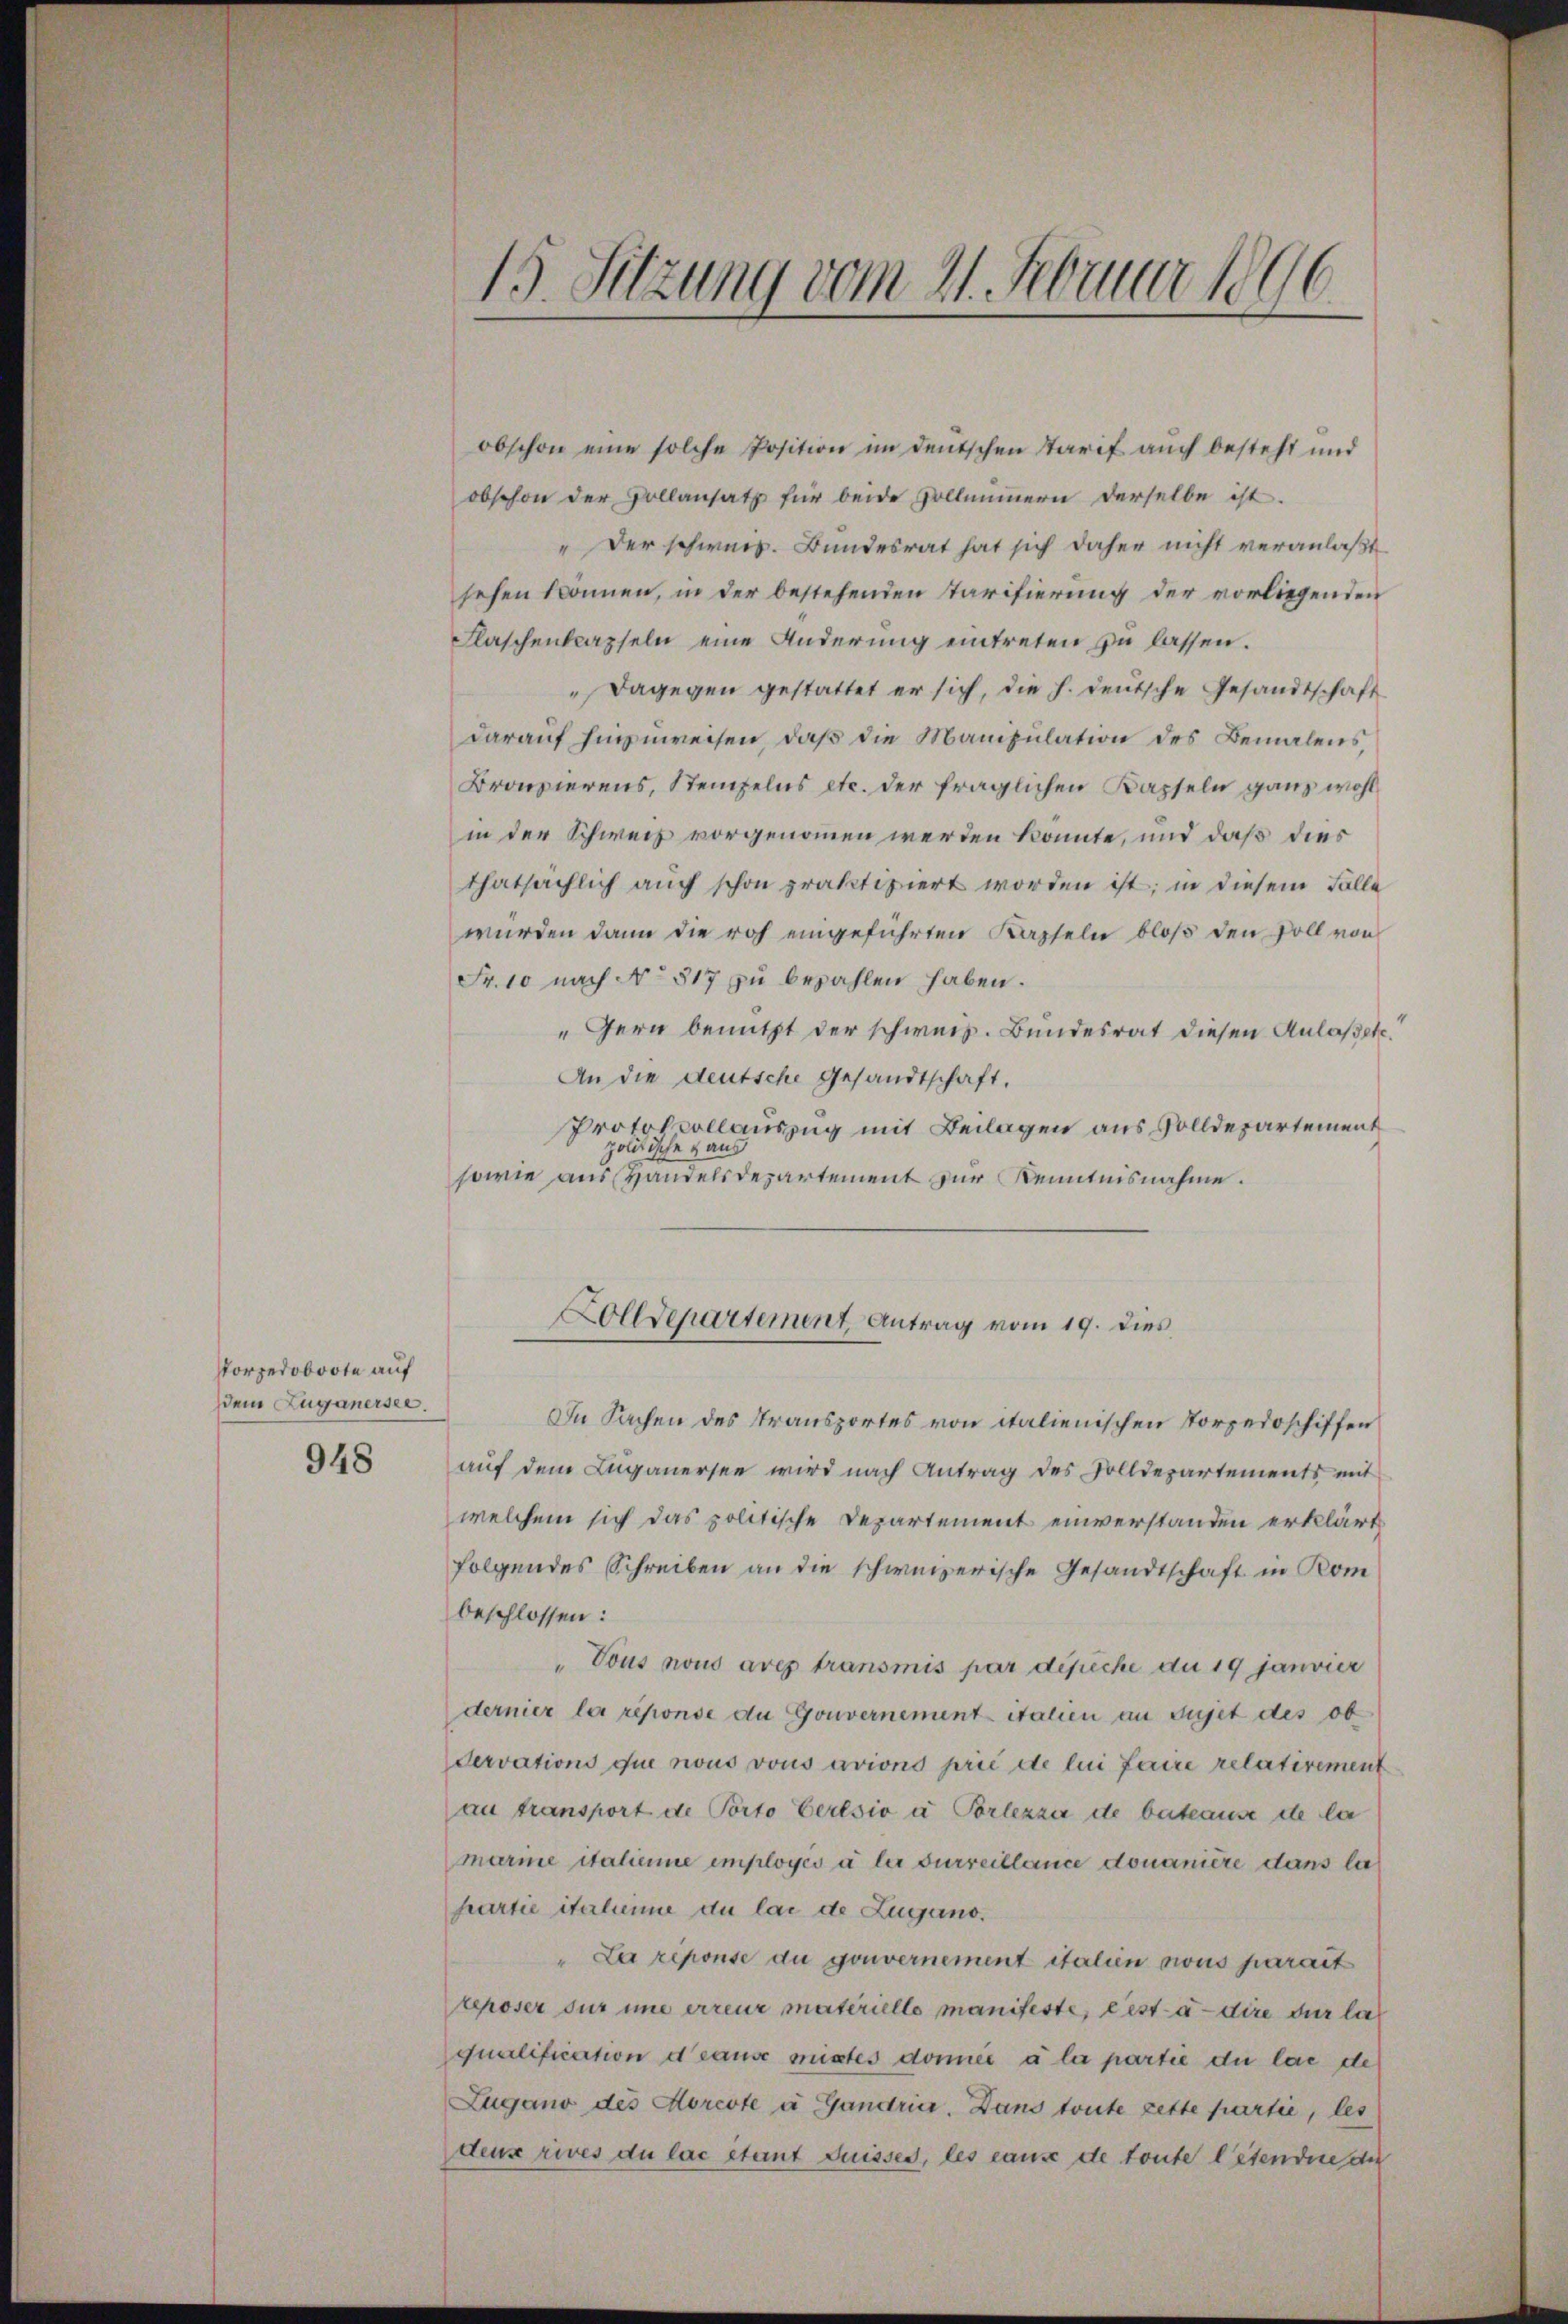
Porpedoboote auf
Dein Zuganersee.

948

15. Sitzung vom 21. Februar 1896

obschon eine solche Position im deŭtschen Starif auch besteht und
obschon der Vollansatz für beide Zollimmern derselbe ist.
" Der schweiz. Bundesrat hat sich daher nicht veranlaßt
sehen können, in der bestehenden Tarifierung der vorliegenden
Flaschenkapseln eine Änderung eintreten zu lassen.
" Dagegen gestattet er sich, die h. deutsche Gesandtschaft
darauf hinzuweisen, daß die Manipulation des Bemalens,
Bronzierens, Stempelns etc. der fraglichen Kapseln ganz wohl
in der Schweiz vorgenommen werden könnte, und daß dies
thatsächlich auch schon praktiziert worden ist; in diesem Falle
wurden dann die roh eingeführten Kapseln bloß den soll von
Fr. 10 nach No 817 zu bezahlen haben.
"Gern benutzt der schweiz. Bundesrat diesen Anlaßete.
An die deutsche Gesandtschaft.
Protokollauszug mit Beilagen aus Solldepartement
politische Haus
sowie aus Handelsdepartement zur Kenntnisnahme.
Zolldepartement Antrag vom 19. dies
In Sachen des Transportes von italienischen Torpedoschiffen
auf dem Luganersee wird nach Antrag des Solldepartements mit
welchem sich das politische Departement einverstanden erklärt
folgendes Schreiben an die schweizerische Gesandtschaft in Kom
beschlossen:
Vous nous aves transmis par dipiche du 19 janvier
dernier la réponse du Gouvernement italien an sujet des ob
dervations que nous vous avions prie de lui faire relativement
au transport de Porto Bertsio a Porlezza de betrause de la
marine italiene employés à ler Furreillance donanière dans la
hartie iterhinne du las de Zugano.
"La réponse du gouvernement italien sous parait
reposer sur ime erreur materiello manifeste, est à dire der lat
qualification deause mistes donnée à la partie du las de
Zugano des Morcote à Gandrice. Dans toute zette partie, les
deus rives du lac stant Suisses, les cause de toute lesendue de